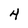
Character: 4